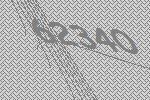
62340